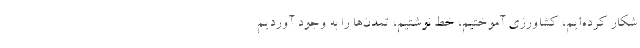
شکار کرده‌ایم، کشاورزی آموختیم، خط نوشتیم، تمدن‌ها را به وجود آوردیم